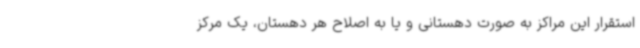
استقرار این مراکز به صورت دهستانی و یا به اصلاح هر دهستان، یک مرکز